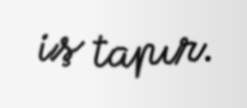
iş tapır.